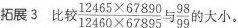
拓展3 比较 $$\frac { 1 2 4 6 5 \times 6 7 8 9 0 } { 1 2 4 6 0 \times 6 7 8 9 5 }$$ 与 $$\frac { 9 8 } { 9 9 }$$ 的大小。